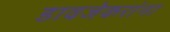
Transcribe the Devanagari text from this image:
डावजेकरांना